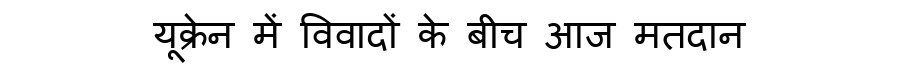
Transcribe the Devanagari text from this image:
यूक्रेन में विवादों के बीच आज मतदान